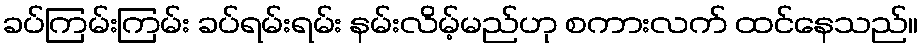
ခပ်ကြမ်းကြမ်း ခပ်ရမ်းရမ်း နမ်းလိမ့်မည်ဟု စကားလက် ထင်နေသည်။